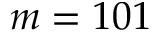
m = 1 0 1